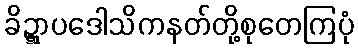
ခိဍ္ဋာပဒေါသိကနတ်တို့စုတေကြပုံ